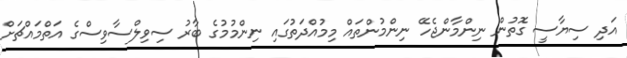
އަދި ސިޔާސީ ގޮތުން ނިންމާންޖެހޭ ނިންމުންތައް މިމުއްދަތުގައި ނިންމުމުގެ ބާރު ސިވިލްސާވިސްގެ އަތްމައްޗަށް